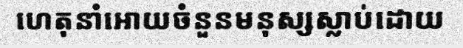
ហេតុនាំអោយចំនួនមនុស្សស្លាប់ដោយ